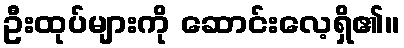
ဦးထုပ်များကို ဆောင်းလေ့ရှိ၏။